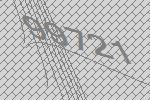
99721